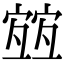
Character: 𡪀